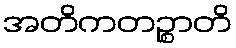
အတိကတဉ္စာတိ